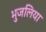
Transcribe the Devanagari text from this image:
भुजलिया